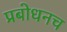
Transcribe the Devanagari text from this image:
प्रबोधनच